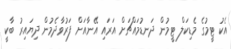
އެކު ޓީމުގެ މެޑިކަލް ޓީމުން ދަނޑުމައްޗަށް އަރައި އޭނާއަށް ފަރުވާދެމުން ދިޔައިރު ބާކީ